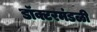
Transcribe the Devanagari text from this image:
डॉक्टरमंडळी